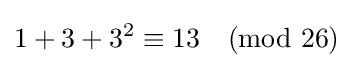
1+3+3^{2}\equiv 13{\pmod {26}}